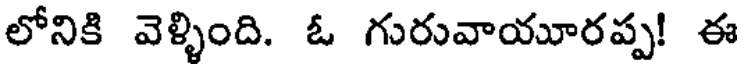
లోనికి వెళ్ళింది. ఓ గురువాయూరప్ప! ఈ